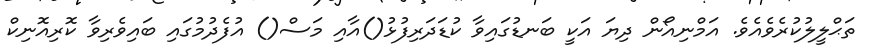
ތަޙްލީލުކުރެވެއެވެ. އަމްނިއޯން ދިޔަ އަކީ ބަނޑުގައިވާ ކުޑަދަރިފުޅު()އާއި މަސް() އުފެދުމުގައި ބައިވެރިވާ ކޮރިއޮނިކް